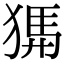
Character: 𤟨